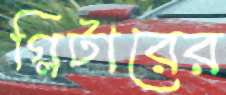
গ্লিটারের